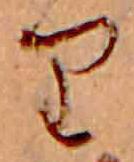
り